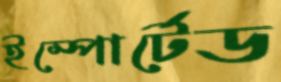
ইম্পোর্টেড